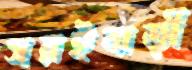
সরইবাড়ী